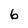
Character: 6